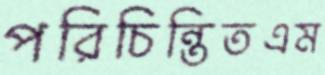
পরিচিন্তিতএম